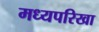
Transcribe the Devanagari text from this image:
मध्यपरिखा